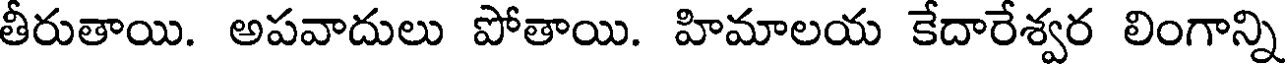
తీరుతాయి. అపవాదులు పోతాయి. హిమాలయ కేదారేశ్వర లింగాన్ని